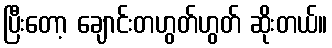
ပြီးတော့ ချောင်းတဟွတ်ဟွတ် ဆိုးတယ်။